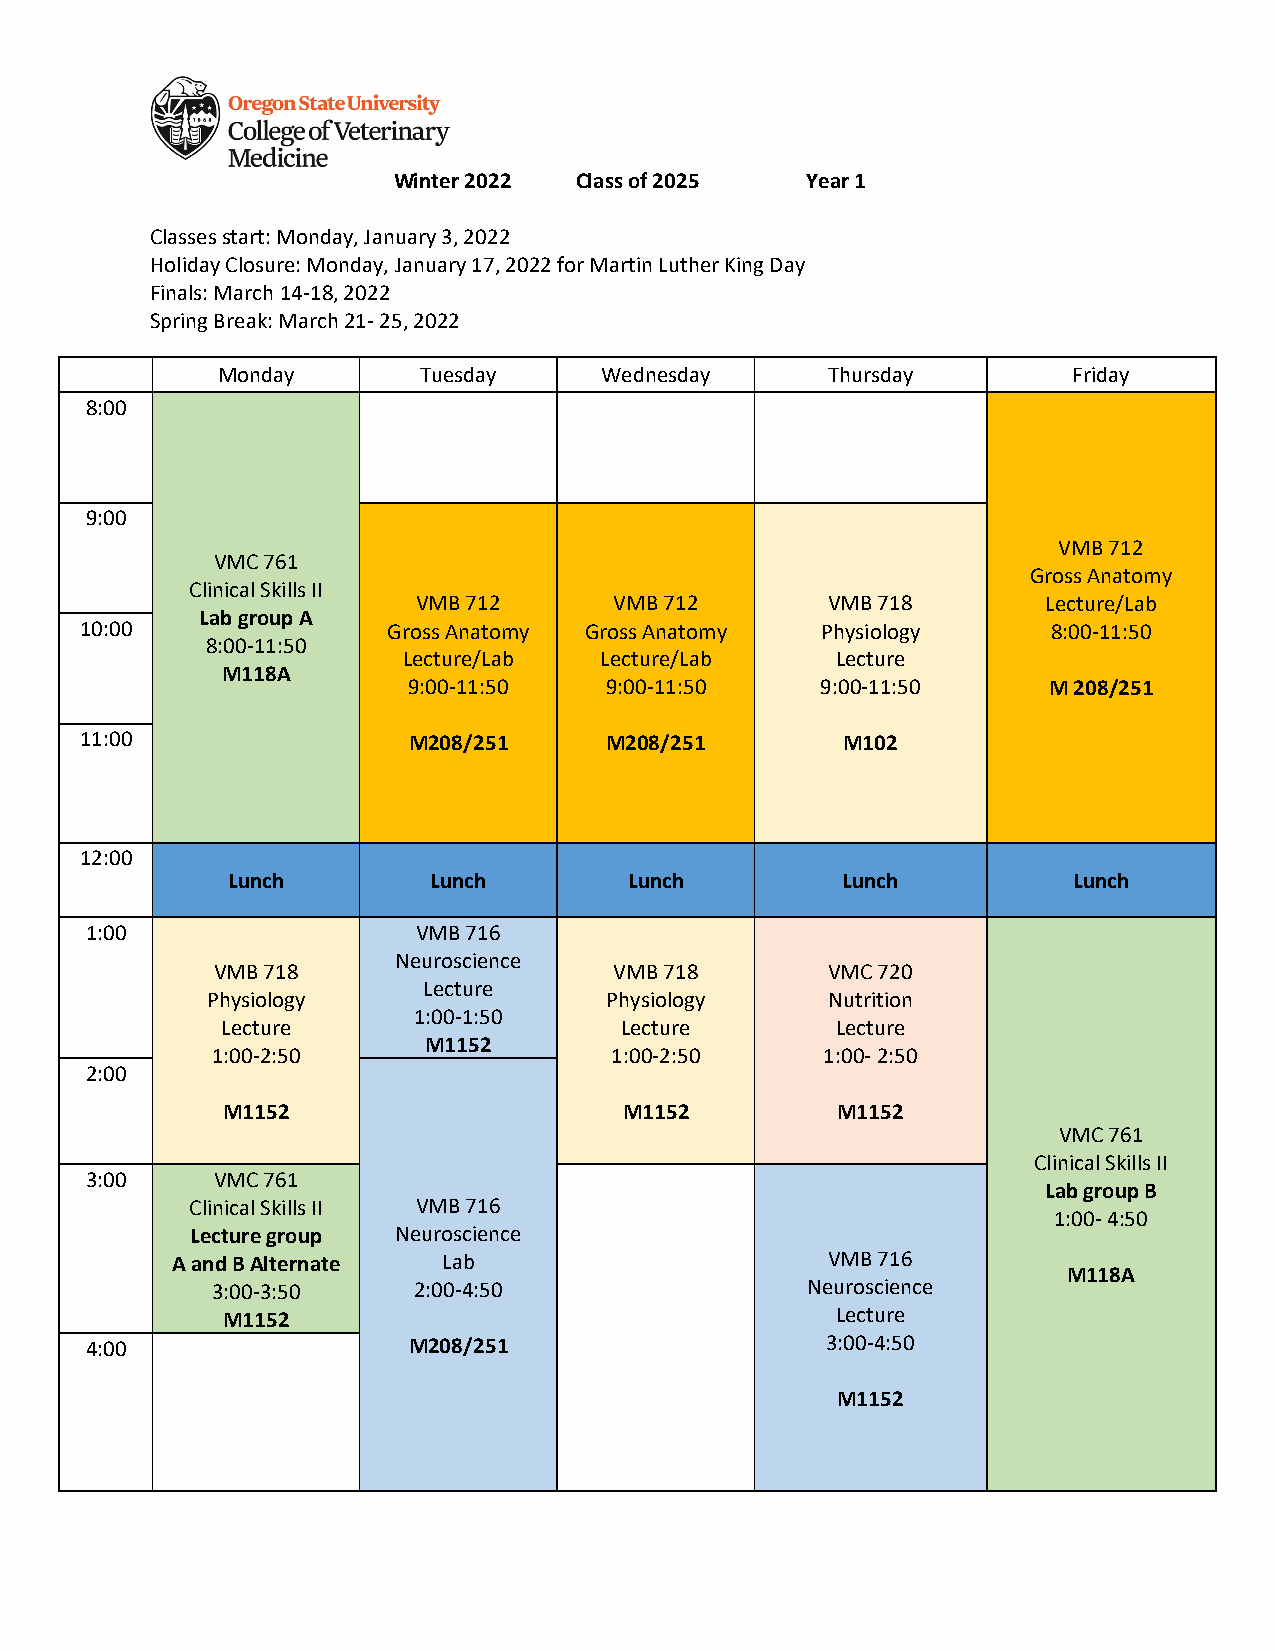
Winter 2022 Class of 2025  Year 1
 Classes start: Monday, January 3, 2022
 Holiday Closure: Monday, January 17, 2022 for Martin Luther King Day
 Finals: March 14-18, 2022
 Spring Break: March 21- 25, 2022
 Monday        Tuesday     Wednesday      Thursday        Friday
 8:00
 9:00
 VMB 712
 VMC 761
 Gross Anatomy
 Clinical Skills II
 VMB 712      VMB 712       VMB 718       Lecture/Lab
 Lab group A
 10:00                Gross Anatomy Gross Anatomy Physiology      8:00-11:50
 8:00-11:50
 Lecture/Lab  Lecture/Lab    Lecture
 M118A
 9:00-11:50   9:00-11:50    9:00-11:50     M 208/251
 11:00                 M208/251     M208/251        M102
 12:00
 Lunch        Lunch         Lunch         Lunch          Lunch
 1:00                  VMB 716
 Neuroscience
 VMB 718                    VMB 718       VMC 720
 Lecture
 Physiology                Physiology     Nutrition
 1:00-1:50
 Lecture                   Lecture       Lecture
 M1152
 1:00-2:50                 1:00-2:50      1:00- 2:50
 2:00
 M1152                     M1152         M1152
 VMC 761
 Clinical Skills II
 3:00    VMC 761
 Lab group B
 Clinical Skills II VMB 716
 1:00- 4:50
 Lecture group Neuroscience
 A and B Alternate Lab                       VMB 716
 3:00-3:50    2:00-4:50                 Neuroscience
 M11 8A
 M1152                                   Lecture
 4:00                 M208/251                    3:00-4:50
 M1152